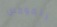
المومس